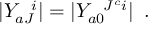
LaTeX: | Y _ { a J } ^ { \; \; \; i } | = | Y _ { a 0 } ^ { \; \; \; J ^ { c } i } | \; \; .